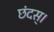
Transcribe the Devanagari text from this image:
छंदस्।